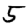
Digit: 5